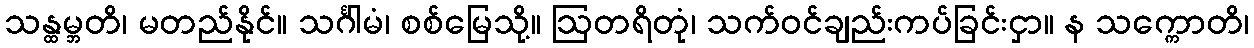
သန္ထမ္ဘတိ၊ မတည်နိုင်။ သင်္ဂါမံ၊ စစ်မြေသို့။ ဩတရိတုံ၊ သက်ဝင်ချည်းကပ်ခြင်းငှာ။ န သက္ကောတိ၊